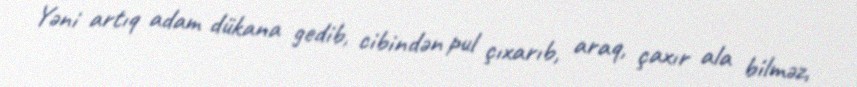
Yəni artıq adam dükana gedib, cibindən pul çıxarıb, araq, çaxır ala bilməz,